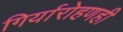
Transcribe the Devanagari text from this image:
गिर्यारोहणही